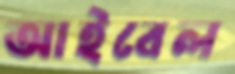
আইবেল